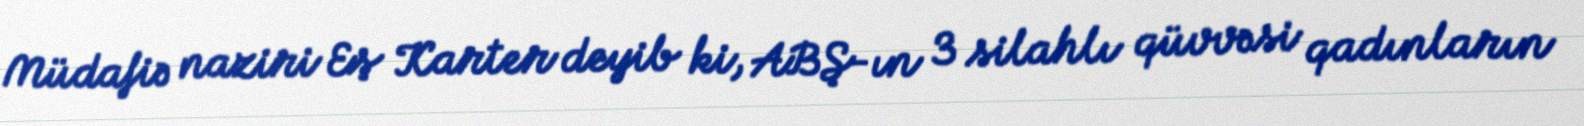
Müdafiə naziri Eş Karter deyib ki, ABŞ-ın 3 silahlı qüvvəsi qadınların